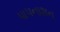
પાપનાશન